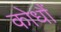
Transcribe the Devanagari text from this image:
कोधौं